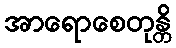
အာရောစေတုန္တိ